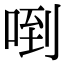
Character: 𠴼